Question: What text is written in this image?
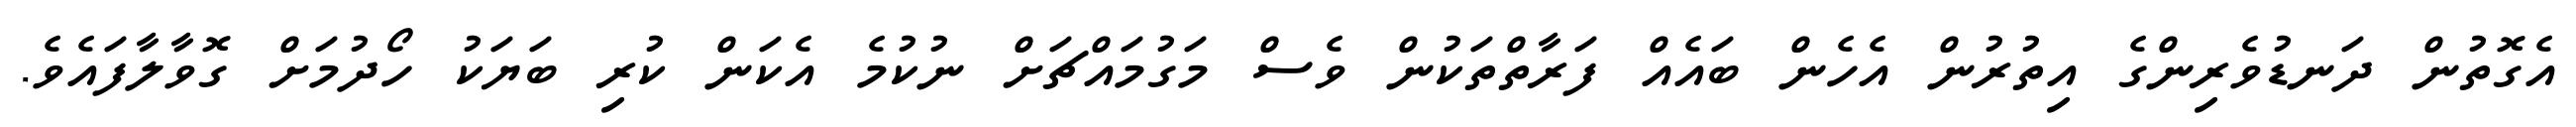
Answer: އެގޮތުން ދަނޑުވެރިންގެ އިތުރުން އެހެން ބައެއް ފަރާތްތަކުން ވެސް މަގުމައްޗަށް ނުކުމެ އެކަން ކުރި ބަޔަކު ހޯދުމަށް ގޮވާލާފައެވެ.